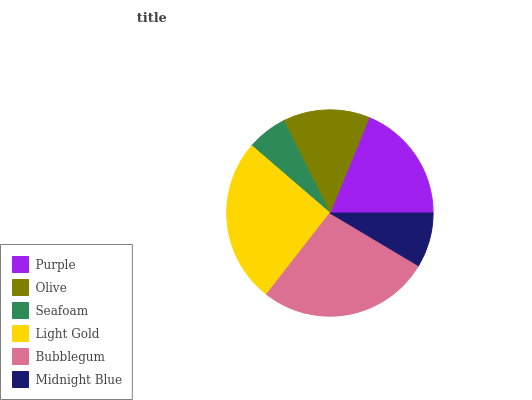
| Purple | Olive | Seafoam | Light Gold | Bubblegum | Midnight Blue |
 | --- | --- | --- | --- | --- | --- |
 | 18.8% | 13.6% | 6.31% | 25.8% | 27% | 8.54% |